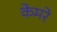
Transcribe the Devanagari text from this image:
केमरे